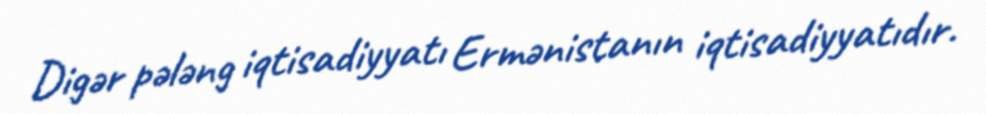
Digər pələng iqtisadiyyatı Ermənistanın iqtisadiyyatıdır.